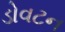
ડોવટન